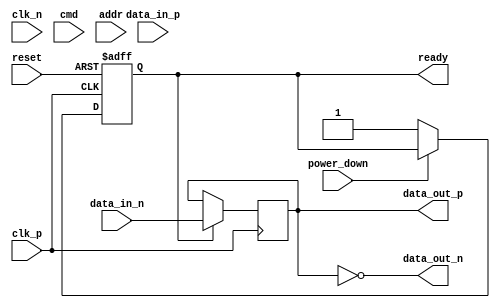
module gddr4_io_block (
    input wire clk_p,             // Differential clock positive
    input wire clk_n,             // Differential clock negative
    input wire [15:0] data_in_p,  // Differential data inputs (16 lanes)
    input wire [15:0] data_in_n,
    output wire [15:0] data_out_p, // Differential data outputs (16 lanes)
    output wire [15:0] data_out_n,
    input wire [3:0] cmd,         // Command signals
    input wire [15:0] addr,        // Address signals
    input wire reset,              // Reset signal
    input wire power_down,         // Power down control
    output wire ready              // Ready signal
);

    // Internal signals
    reg [15:0] data_reg;           // Data register
    reg [3:0] cmd_reg;             // Command register
    reg [15:0] addr_reg;           // Address register
    reg ready_reg;                 // Ready signal register

    // Clock domain crossing
    wire clk;
    assign clk = clk_p; // Assuming clk_p is the main clock for simplicity

    // Power management
    always @(posedge clk or posedge reset) begin
        if (reset) begin
            ready_reg <= 1'b0;
        end else if (!power_down) begin
            ready_reg <= 1'b1; // Device is ready when not in power down
        end
    end

    assign ready = ready_reg;

    // Command and address handling
    always @(posedge clk) begin
        if (ready) begin
            cmd_reg <= cmd; // Capture command
            addr_reg <= addr; // Capture address
        end
    end

    // Data handling (simplified for illustration)
    always @(posedge clk) begin
        if (ready) begin
            // Simulate data reception
            data_reg <= {data_in_p[15:0], data_in_n[15:0]};
        end
    end

    // Output data (differential signaling)
    assign data_out_p = data_reg; // Output data positive
    assign data_out_n = ~data_reg; // Output data negative (inverted for differential)

    // Additional features like error detection, timing control, etc., would go here.

endmodule